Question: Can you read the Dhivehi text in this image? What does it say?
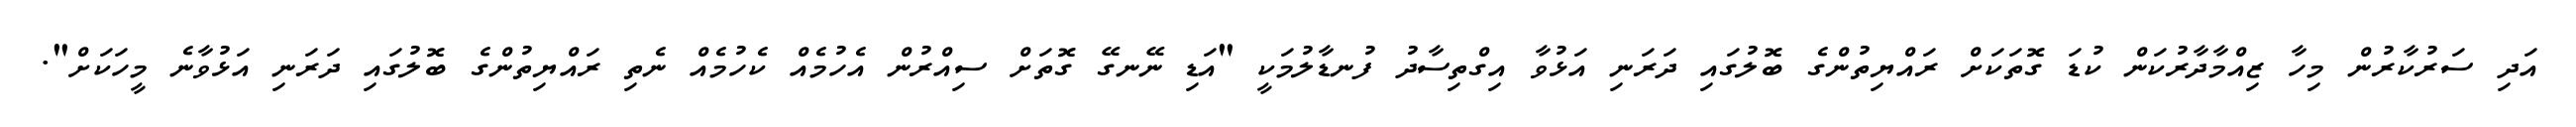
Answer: އަދި ސަރުކާރުން މިހާ ޒިއްމާދާރުކަން ކުޑަ ގޮތަކަށް ރައްޔިތުންގެ ބޮލުގައި ދަރަނި އަޅުވާ އިގްތިސާދު ފުނޑާލުމަކީ "އަޑި ނޭނގޭ ގޮތަށް ސިއްރުން އެހުމެއް ކެހުމެއް ނެތި ރައްޔިތުންގެ ބޮލުގައި ދަރަނި އަޅުވާނެ މީހަކަށް".